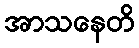
အာသနေတိ